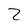
Character: 2